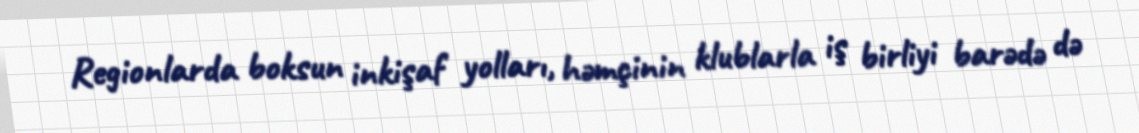
Regionlarda boksun inkişaf yolları, həmçinin klublarla iş birliyi barədə də